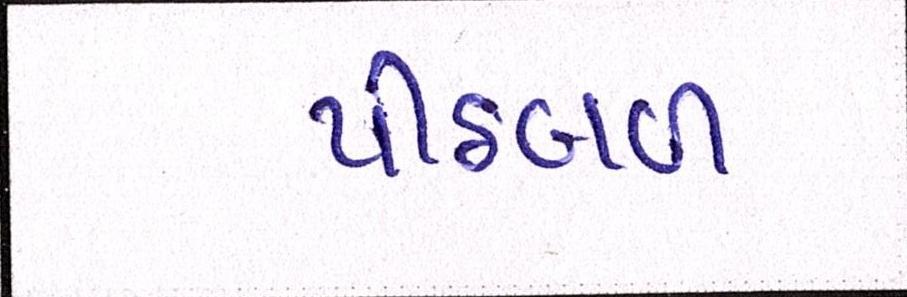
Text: પીઠબળ